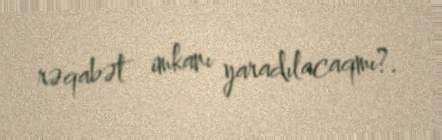
rəqabət imkanı yaradılacaqmı?.